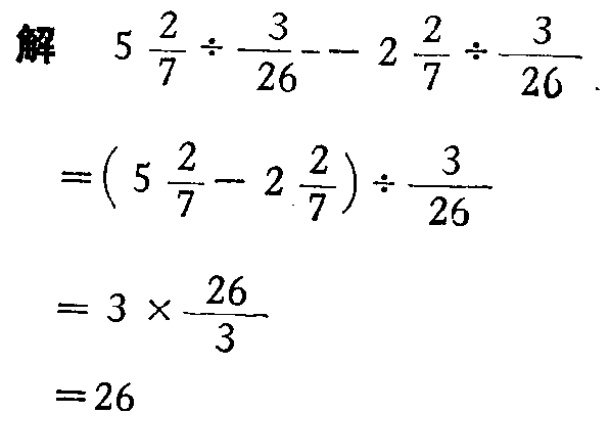
解 \(5\frac{2}{7} \div \frac{3}{26} - 2\frac{2}{7} \div \frac{3}{26}\)

\(=(5\frac{2}{7} - 2\frac{2}{7}) \div \frac{3}{26}\)

\(=3\times\frac{26}{3}\)

\(=26\)